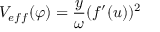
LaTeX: V _ { e f f } ( \varphi ) = \frac { y } { \omega } ( f ^ { \prime } ( u ) ) ^ { 2 }